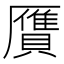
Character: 贋